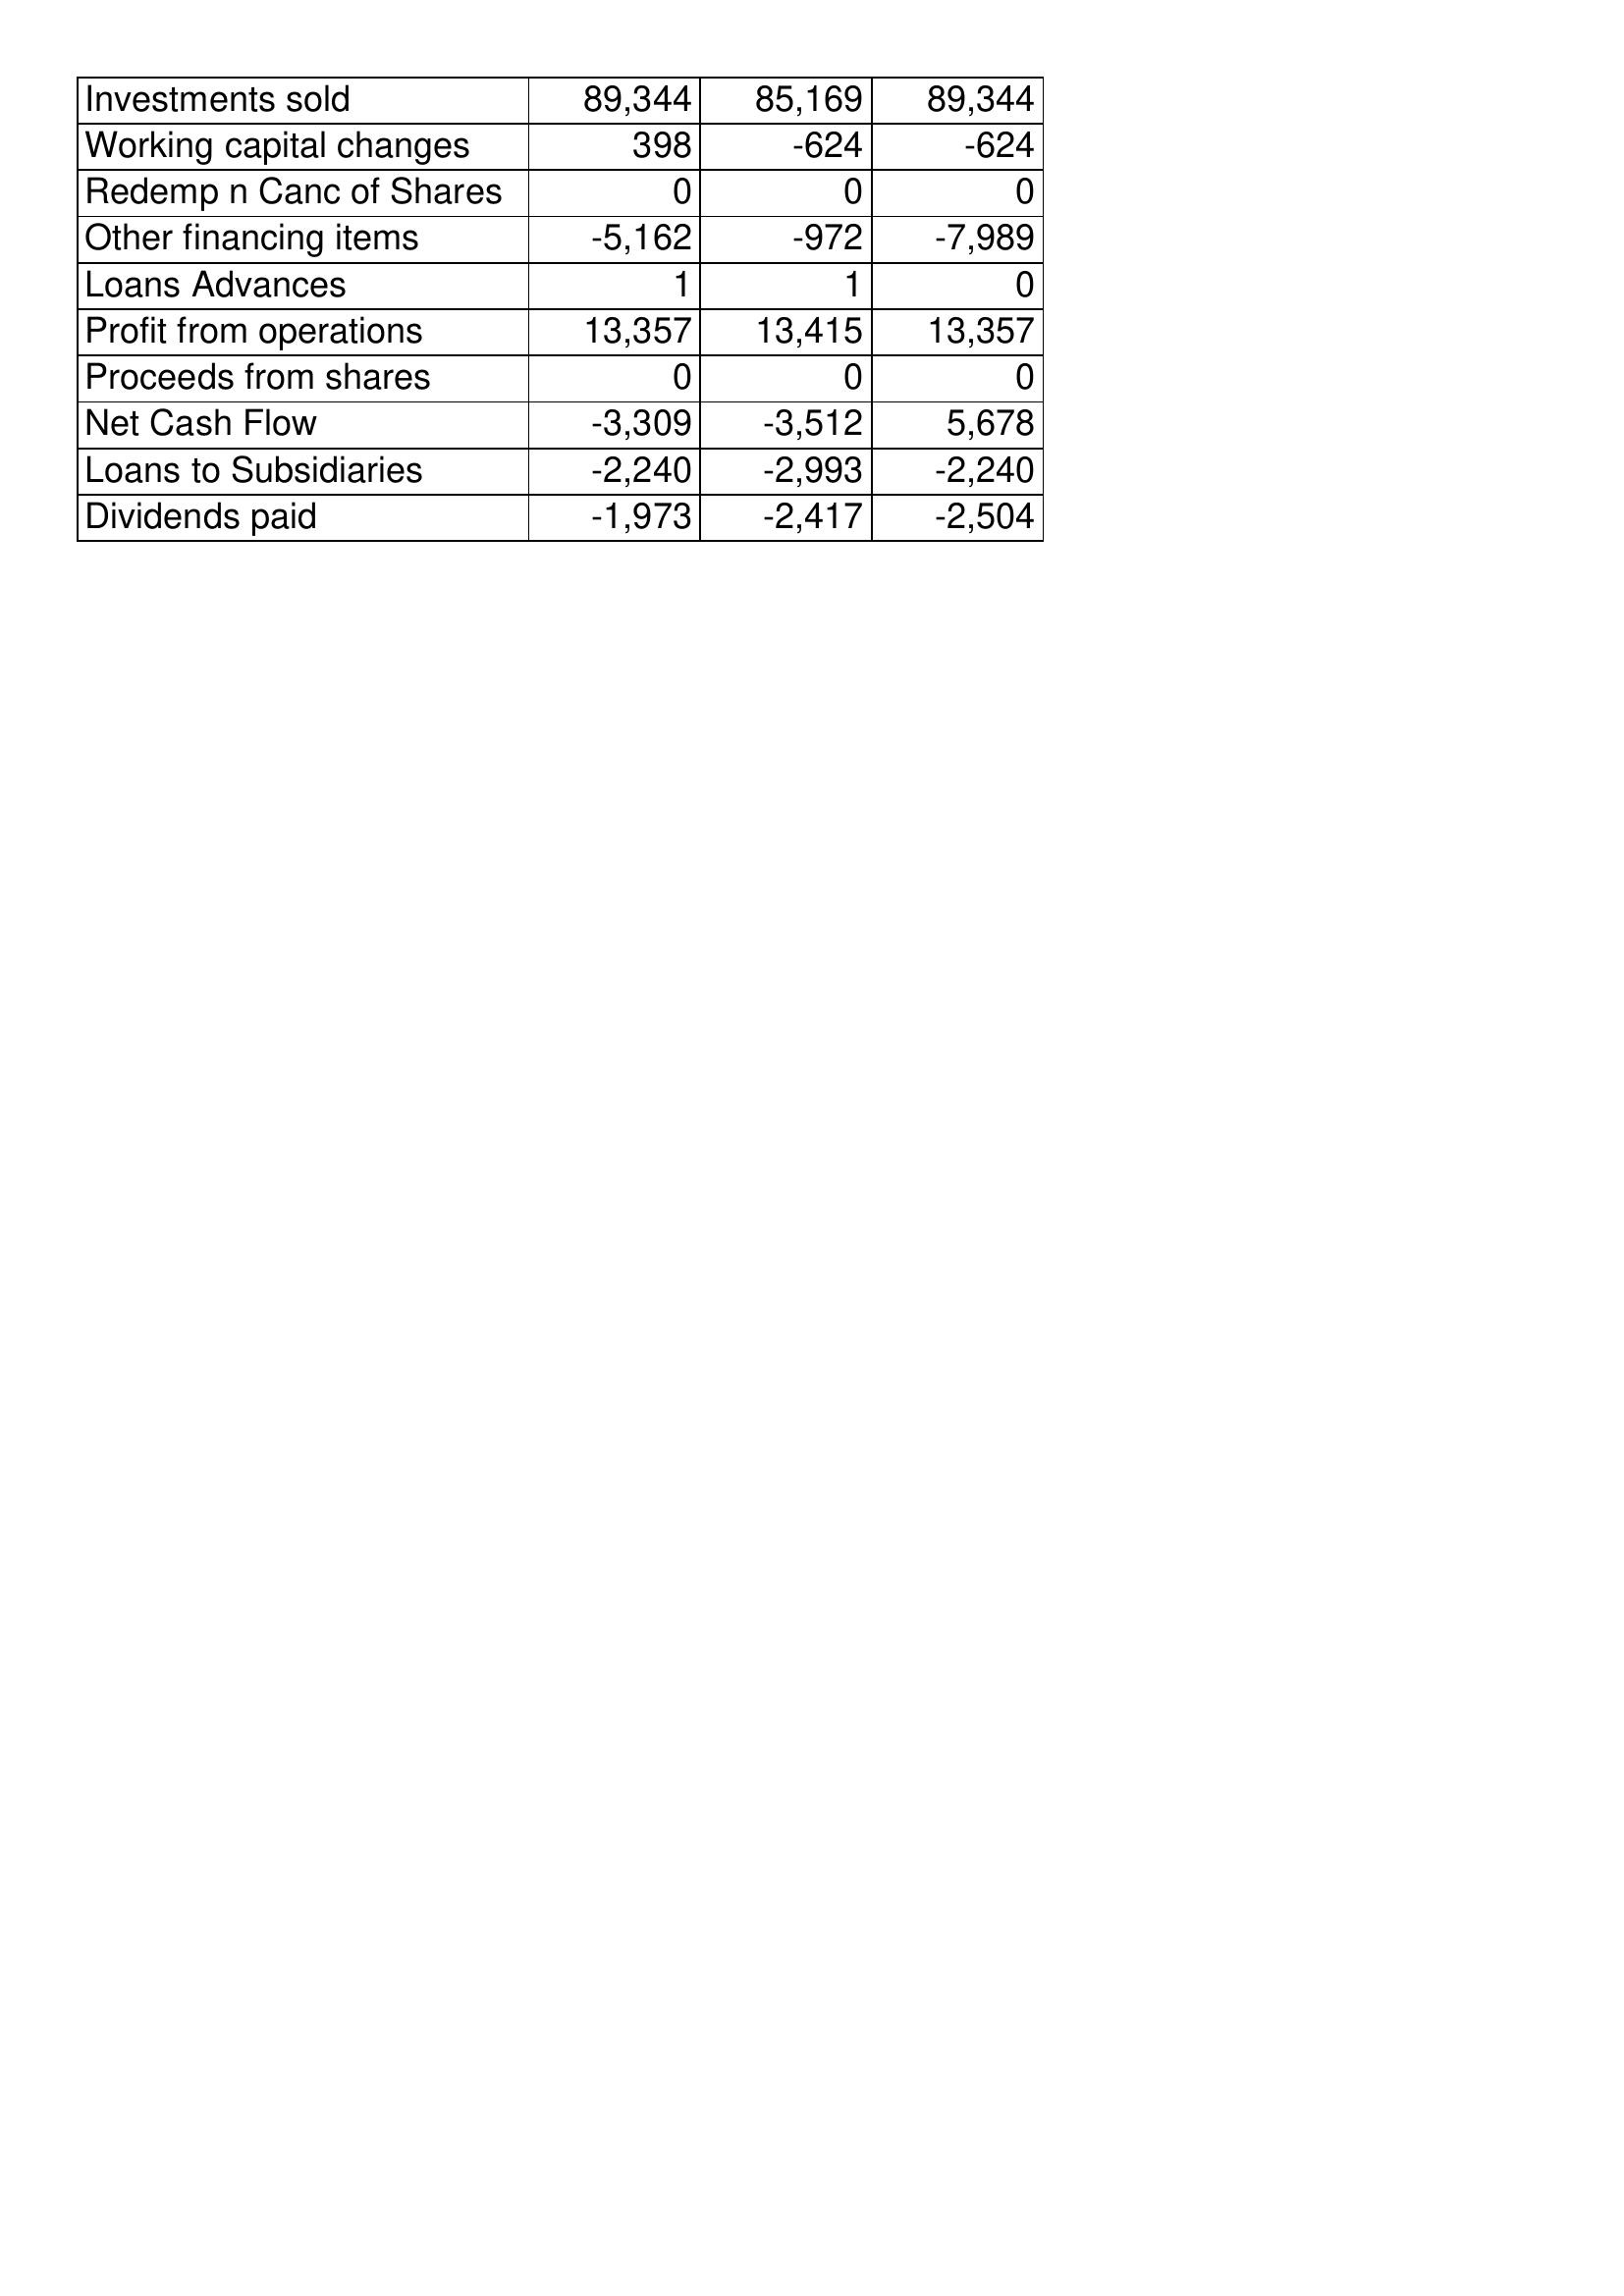
May-96: Cash Flows: Investments sold: 89,344
Working capital changes: 398
Redemp n Canc of Shares: 0
Other financing items: -5,162
Loans Advances: 1
Profit from operations: 13,357
Proceeds from shares: 0
Net Cash Flow: -3,309
Loans to Subsidiaries: -2,240
Dividends paid: -1,973
May-95: Cash Flows: Investments sold: 85,169
Working capital changes: -624
Redemp n Canc of Shares: 0
Other financing items: -972
Loans Advances: 1
Profit from operations: 13,415
Proceeds from shares: 0
Net Cash Flow: -3,512
Loans to Subsidiaries: -2,993
Dividends paid: -2,417
May-94: Cash Flows: Investments sold: 89,344
Working capital changes: -624
Redemp n Canc of Shares: 0
Other financing items: -7,989
Loans Advances: 0
Profit from operations: 13,357
Proceeds from shares: 0
Net Cash Flow: 5,678
Loans to Subsidiaries: -2,240
Dividends paid: -2,504